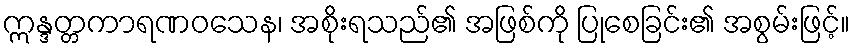
ဣန္ဒတ္တကာရဏဝသေန၊ အစိုးရသည်၏ အဖြစ်ကို ပြုစေခြင်း၏ အစွမ်းဖြင့်။